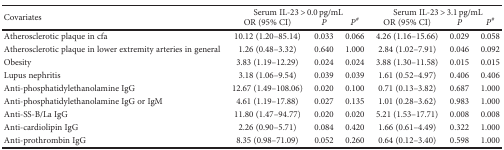
<table><thead><tr><td rowspan="2"><b>Covariates</b></td><td colspan="3"><b>Serum IL-23 &gt; 0.0 pg/mL</b></td><td colspan="3"><b>Serum IL-23 &gt; 3.1 pg/mL</b></td></tr><tr><td><b>OR (95% CI)</b></td><td><b><i>P</i></b></td><td><b><i>P</i><sup>#</sup></b></td><td><b>OR (95% CI)</b></td><td><b><i>P</i></b></td><td><b><i>P</i><sup>#</sup></b></td></tr></thead><tbody><tr><td>Atherosclerotic plaque in cfa</td><td>10.12 (1.20–85.14)</td><td>0.033</td><td>0.066</td><td>4.26 (1.16–15.66)</td><td>0.029</td><td>0.058</td></tr><tr><td>Atherosclerotic plaque in lower extremity arteries in general</td><td>1.26 (0.48–3.32)</td><td>0.640</td><td>1.000</td><td>2.84 (1.02–7.91)</td><td>0.046</td><td>0.092</td></tr><tr><td>Obesity</td><td>3.83 (1.19–12.29)</td><td>0.024</td><td>0.024</td><td>3.88 (1.30–11.58)</td><td>0.015</td><td>0.015</td></tr><tr><td>Lupus nephritis</td><td>3.18 (1.06–9.54)</td><td>0.039</td><td>0.039</td><td>1.61 (0.52–4.97)</td><td>0.406</td><td>0.406</td></tr><tr><td>Anti-phosphatidylethanolamine IgG</td><td>12.67 (1.49–108.06)</td><td>0.020</td><td>0.100</td><td>0.71 (0.13–3.82)</td><td>0.687</td><td>1.000</td></tr><tr><td>Anti-phosphatidylethanolamine IgG or IgM</td><td>4.61 (1.19–17.88)</td><td>0.027</td><td>0.135</td><td>1.01 (0.28–3.62)</td><td>0.983</td><td>1.000</td></tr><tr><td>Anti-SS-B/La IgG</td><td>11.80 (1.47–94.77)</td><td>0.020</td><td>0.020</td><td>5.21 (1.53–17.71)</td><td>0.008</td><td>0.008</td></tr><tr><td>Anti-cardiolipin IgG</td><td>2.26 (0.90–5.71)</td><td>0.084</td><td>0.420</td><td>1.66 (0.61–4.49)</td><td>0.322</td><td>1.000</td></tr><tr><td>Anti-prothrombin IgG</td><td>8.35 (0.98–71.09)</td><td>0.052</td><td>0.260</td><td>0.64 (0.12–3.40)</td><td>0.598</td><td>1.000</td></tr></tbody></table>